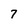
Character: 7